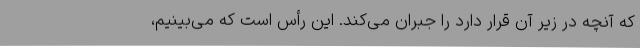
که آنچه در زیر آن قرار دارد را جبران می‌کند. این رأس است که می‌بینیم،